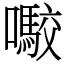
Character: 㘐